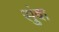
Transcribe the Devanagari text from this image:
सुंबा